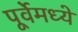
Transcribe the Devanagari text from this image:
पूर्वेमध्ये